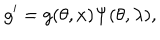
g ^ { \prime } = g ( \theta , x ) \Psi ( \theta , \lambda ) ,